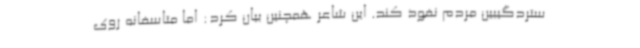
ستردگیبین مردم نفوذ کند. این شاعر همچنین بیان کرد: اما متاسفانه روی